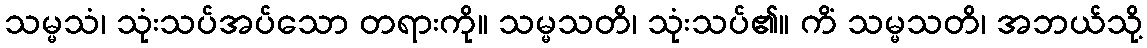
သမ္မသံ၊ သုံးသပ်အပ်သော တရားကို။ သမ္မသတိ၊ သုံးသပ်၏။ ကိံ သမ္မသတိ၊ အဘယ်သို့